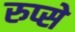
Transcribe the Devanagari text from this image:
रुप्से